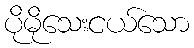
ပိုမိုသေးငယ်သော